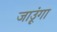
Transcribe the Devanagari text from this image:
जाउूंगा